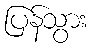
ပြန်သွား